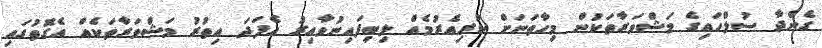
ގެންދާ ސުލްހައިގެ މަޝްވަރާތަކުން މިހާތަނަށް ކުރިއެރުމެއް ލިބިފައިނުވާއިރު އެފަދަ އިތުރު މަޝްވަރާތަކެއް އެގޮތުގައި